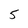
Character: 5